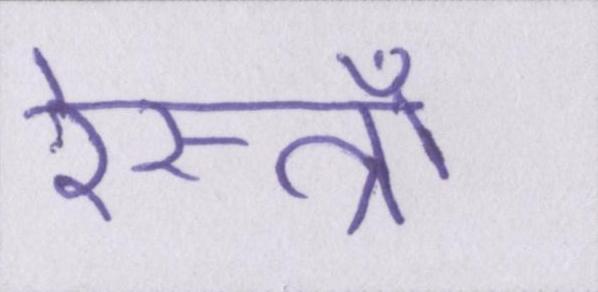
रेस्त्राँ